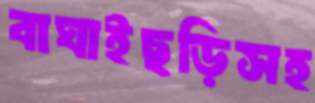
বাঘাইছড়িসহ